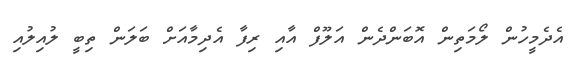
އެދެމީހުން ލޯމަތިން އޮބަންދެން އަލޫފް އާއި ރިފާ އެދިމާއަށް ބަލަން ތިބީ ލުއިލުއި